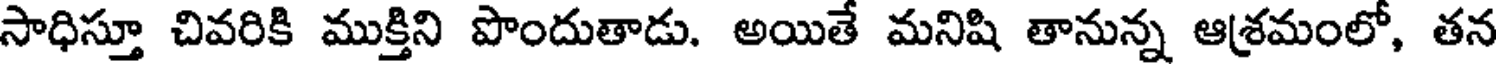
సాధిస్తూ చివరికి ముక్తిని పొందుతాడు. అయితే మనిషి తానున్న ఆశ్రమంలో, తన